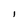
Character: i